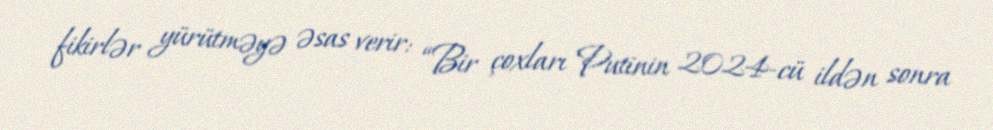
fikirlər yürütməyə əsas verir: “Bir çoxları Putinin 2024-cü ildən sonra